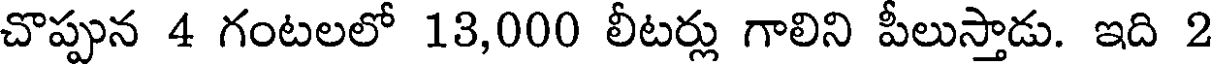
చొప్పున 4 గంటలలో 13,000 లీటర్లు గాలిని పీలుస్తాడు. ఇది 2